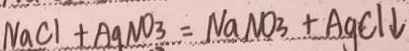
N a C l + A g N O _ { 3 } = N a N O _ { 3 } + A g C l \downarrow